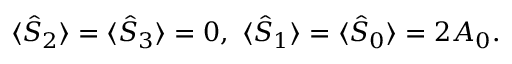
\begin{array} { r } { \langle \hat { \cal S } _ { 2 } \rangle = \langle \hat { \cal S } _ { 3 } \rangle = 0 , \, \, \langle \hat { \cal S } _ { 1 } \rangle = \langle \hat { \cal S } _ { 0 } \rangle = 2 A _ { 0 } . } \end{array}